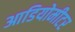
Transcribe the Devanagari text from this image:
आडियोमीटर